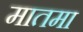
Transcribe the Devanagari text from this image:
मातमा